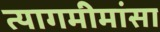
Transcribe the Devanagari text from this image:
त्यागमीमांसा